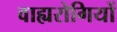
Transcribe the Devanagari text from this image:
वाह्यरोगियों